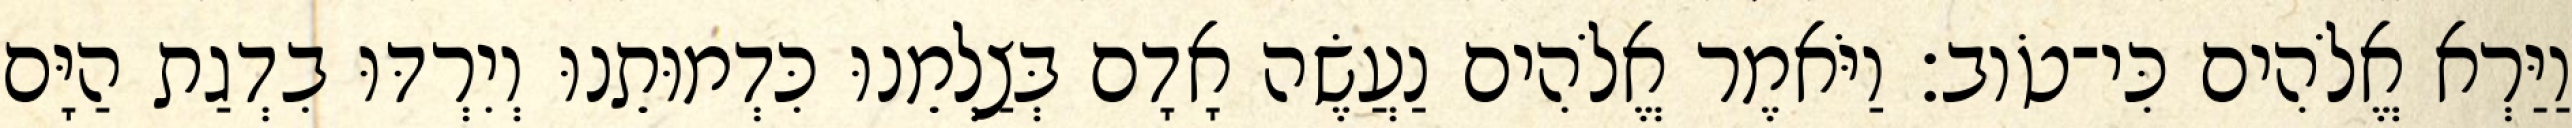
וַיַּרְא אֱלֹהִים כִּי־טֹוב׃ וַיֹּאמֶר אֱלֹהִים נַעֲשֶׂה אָדָם בְּצַלְמֵנוּ כִּדְמוּתֵנוּ וְיִרְדּוּ בִדְגַת הַיָּם